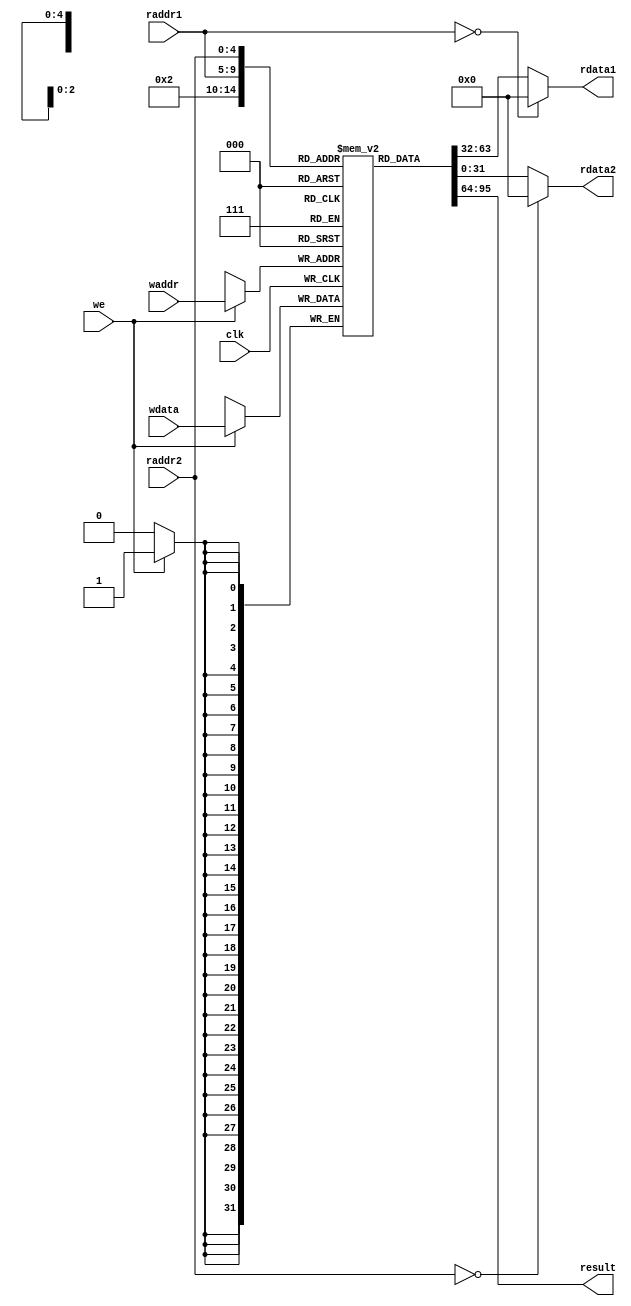
`timescale 1ns / 1ps
//////////////////////////////////////////////////////////////////////////////////
// Company: 
// Engineer: 
// 
// Design Name: 
// Module Name: regfile
// Project Name: 
// Target Devices: 
// Tool Versions: 
// Description: 
// 
// Dependencies: 
// 
// Revision:
// Revision 0.01 - File Created
// Additional Comments:
// 
//////////////////////////////////////////////////////////////////////////////////


module regfile(
    input         clk,
    // READ PORT 1
    input  [ 4:0] raddr1,
    output [31:0] rdata1,
    // READ PORT 2
    input  [ 4:0] raddr2,
    output [31:0] rdata2,
    // WRITE PORT
    input         we,       //write enable, HIGH valid
    input  [ 4:0] waddr,
    input  [31:0] wdata, 
    output [31:0] result
);
reg [31:0] rf[31:0];

assign result = rf[2];
//WRITE
always @(posedge clk) begin
    if (we) rf[waddr]<= wdata;
end

initial 
begin 
    rf[13][31:0]=32'h0007;
    rf[9]=32'h0005;
    //rf[5][31:0]=32'h0002;
    //rf[8]=32'h1010;
    //rf[9][31:0]=32'h0002;
end

//READ OUT 1
assign rdata1 = (raddr1==5'b0) ? 32'b0 : rf[raddr1];

//READ OUT 2
assign rdata2 = (raddr2==5'b0) ? 32'b0 : rf[raddr2];

endmodule